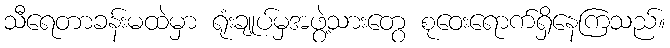
သီရေတာခန်းမထဲမှာ ရုံးချုပ်မှအဖွဲ့သားတွေ စုဝေးရောက်ရှိနေကြသည်။